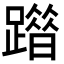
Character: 𨅦